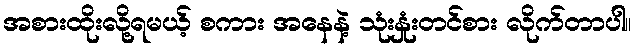
အစားထိုးလို့ရမယ့် စကား အနေနဲ့ သုံးနှုံးတင်စား လိုက်တာပါ။